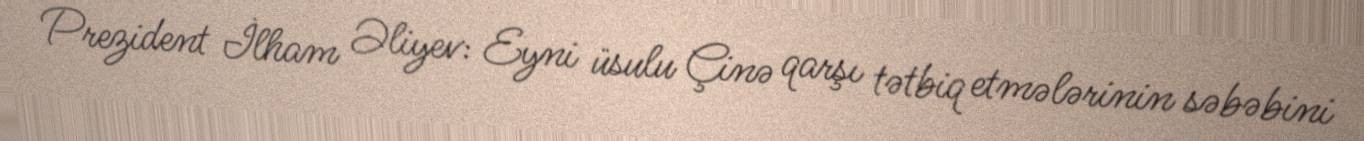
Prezident İlham Əliyev: Eyni üsulu Çinə qarşı tətbiq etmələrinin səbəbini